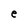
Character: e